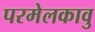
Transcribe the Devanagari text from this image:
परमेलकावु